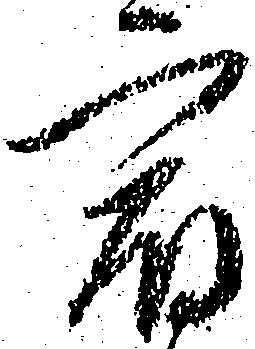
宿